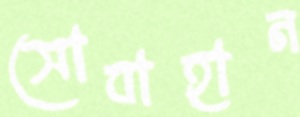
সোবাহান